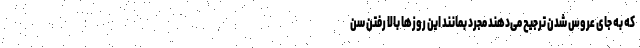
که به جای عروس شدن ترجیح می‌دهند مجرد بمانند این روزها بالا رفتن سن